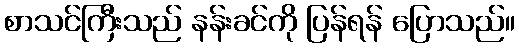
စာသင်ကြီးသည် နန်းခင်ကို ပြန်ရန် ပြောသည်။